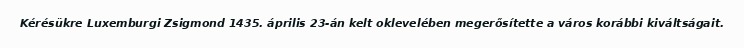
Kérésükre Luxemburgi Zsigmond 1435. április 23-án kelt oklevelében megerősítette a város korábbi kiváltságait.